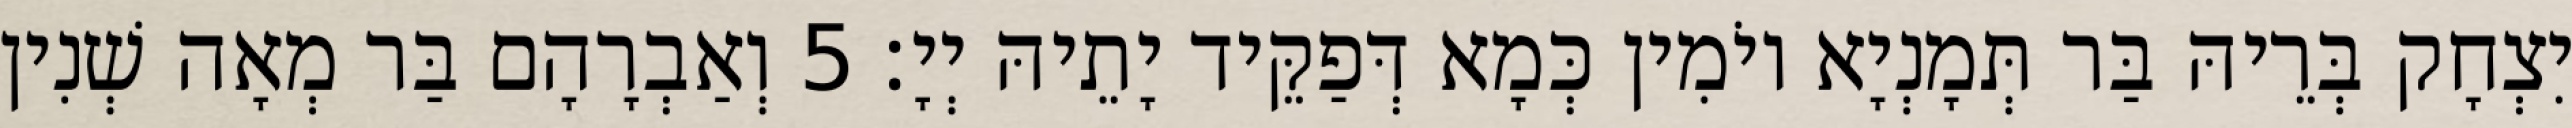
יִצְחָק בְּרֵיהּ בַּר תְּמָנְיָא יוֹמִין כְּמָא דְּפַקֵּיד יָתֵיהּ יְיָ׃ 5 וְאַבְרָהָם בַּר מְאָה שְׁנִין